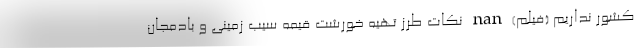
کشور نداریم (فیلم) nan نکات طرز تهیه خورشت قیمه سیب زمینی و بادمجان